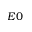
E 0